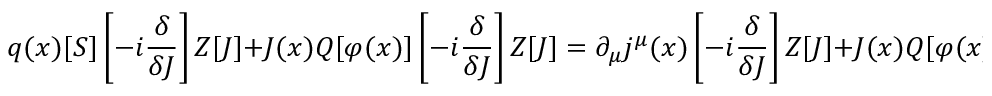
q ( x ) [ S ] \left[ - i { \frac { \delta } { \delta J } } \right] Z [ J ] + J ( x ) Q [ \varphi ( x ) ] \left[ - i { \frac { \delta } { \delta J } } \right] Z [ J ] = \partial _ { \mu } j ^ { \mu } ( x ) \left[ - i { \frac { \delta } { \delta J } } \right] Z [ J ] + J ( x ) Q [ \varphi ( x ) ] \left[ - i { \frac { \delta } { \delta J } } \right] Z [ J ] = 0 .